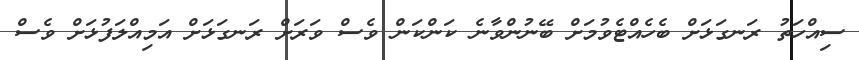
ސިއްހަތު ރަނގަޅަށް ބެހެއްޓެވުމަށް ބޭނުންވާނެ ކަންކަން ވެސް ވަރަށް ރަނގަޅަށް އަމިއްލަފުޅަށް ވެސް